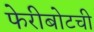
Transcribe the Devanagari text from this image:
फेरीबोटची